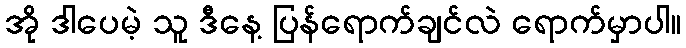
အို ဒါပေမဲ့ သူ ဒီနေ့ ပြန်ရောက်ချင်လဲ ရောက်မှာပါ။